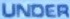
UNDER